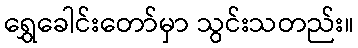
ရွှေခေါင်းတော်မှာ သွင်းသတည်း။